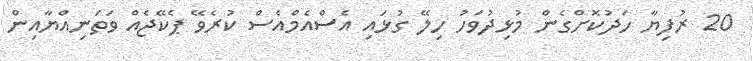
20 ރުފިޔާ ހަދުކޮށްގެން މުޅިދުވަހު ހިލޭ ގުޅައި އެސްއެމްއެސް ކުރެވޭ ޕެކޭޖެއް ވަތަނިއްޔާއިން